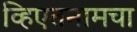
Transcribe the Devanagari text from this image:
व्हिएतनामचा